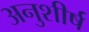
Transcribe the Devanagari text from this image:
अनुशीर्ष